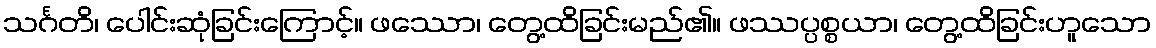
သင်္ဂတိ၊ ပေါင်းဆုံခြင်းကြောင့်။ ဖဿော၊ တွေ့ထိခြင်းမည်၏။ ဖဿပ္ပစ္စယာ၊ တွေ့ထိခြင်းဟူသော